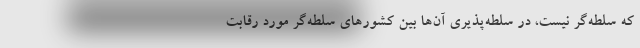
که سلطه‌گر نیست، در سلطه‌پذیری آن‌ها بین کشور‌های سلطه‌گر مورد رقابت